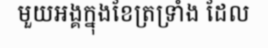
មួយអង្គក្នុងខែត្រទ្រាំង ដែល